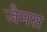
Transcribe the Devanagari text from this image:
जैमस